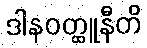
ဒါနဝတ္ထူနီတိ